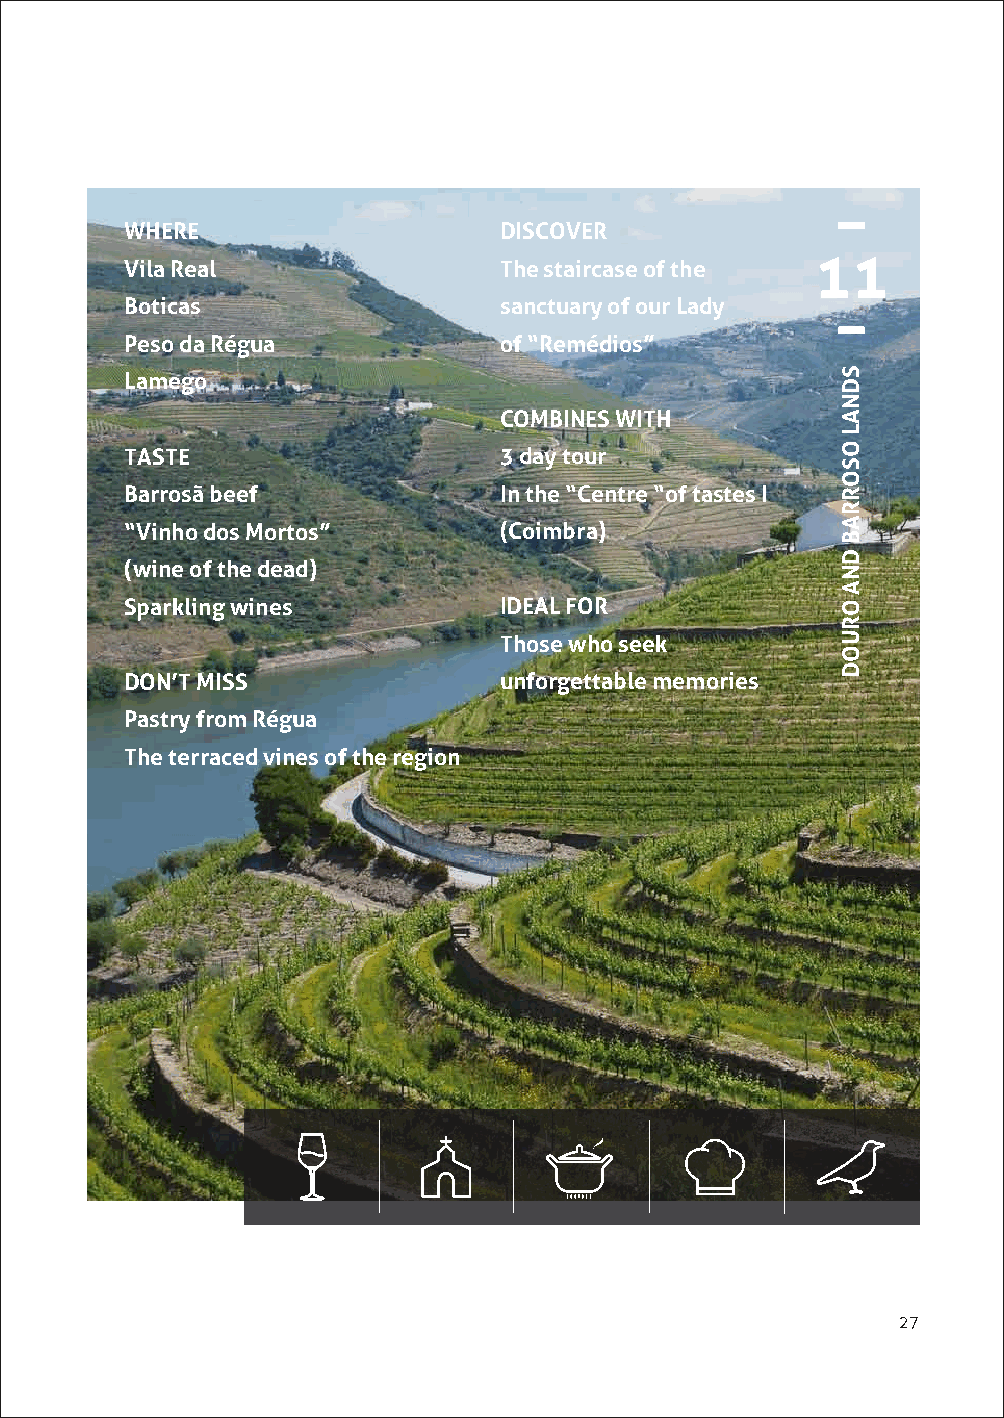
WHERE                    DISCOVER
 11
 Vila Real                The staircase of the
 Boticas                  sanctuary of our Lady
 Peso da Régua            of “Remédios”
 Lamego
 COMBINES WITH
 TASTE                    3 day tour
 Barrosã beef             In the “Centre “of tastes I
 “Vinho dos Mortos”       (Coimbra)
 (wine of the dead)
 Sparkling wines          IDEAL FOR
 Those who seek
 DON’T MISS               unforgettable memories
 Pastry from Régua
 The terraced vines of the region
 27
 SDNAL
 OSORRAB
 DNA
 ORUOD